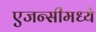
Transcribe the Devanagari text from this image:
एजन्सीमध्ये